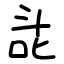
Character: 㖍